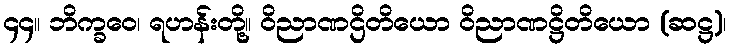
၄၄။ ဘိက္ခဝေ၊ ရဟန်းတို့။ ဝိညာဏဌိတိယော ဝိညာဏဋ္ဌိတိယော (ဆဋ္ဌ)၊